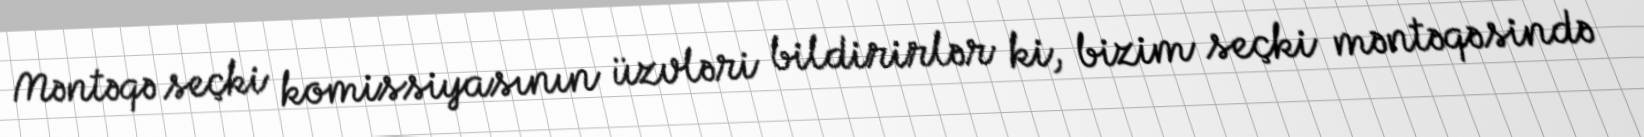
Məntəqə seçki komissiyasının üzvləri bildirirlər ki, bizim seçki məntəqəsində